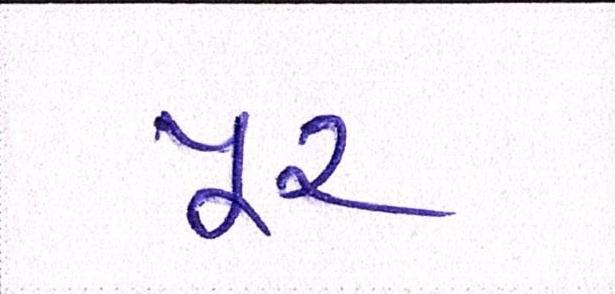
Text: પૂર